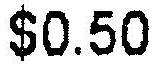
$0.50